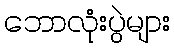
ဘောလုံးပွဲများ